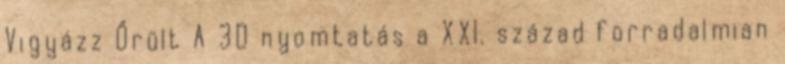
Vigyázz Őrült A 3D nyomtatás a XXI. század forradalmian